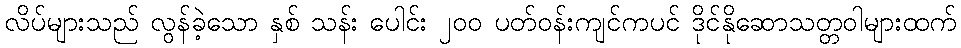
လိပ်များသည် လွန်ခဲ့သော နှစ် သန်း ပေါင်း ၂၀၀ ပတ်ဝန်းကျင်ကပင် ဒိုင်နိုဆောသတ္တဝါများထက်